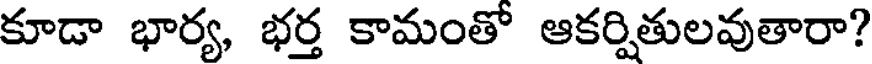
కూడా భార్య, భర్త కామంతో ఆకర్షితులవుతారా?